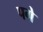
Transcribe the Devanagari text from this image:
पगे